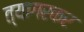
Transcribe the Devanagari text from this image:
त्यागरकर